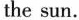
the sun.